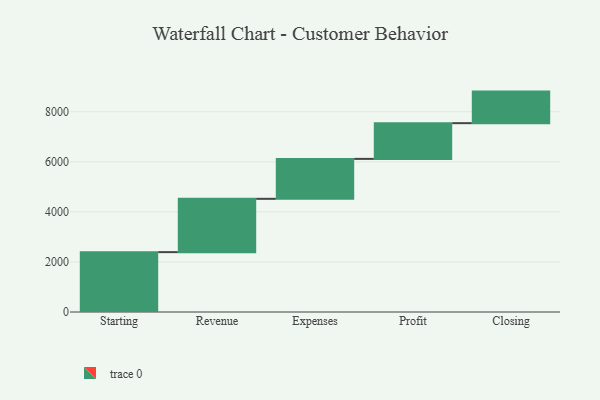
{"axis": {"x": "Step", "y": "Value"}, "legend": [""], "data": [{"x": "Starting", "y": 2392.0, "type": ""}, {"x": "Revenue", "y": 2130.0, "type": ""}, {"x": "Expenses", "y": 1596.0, "type": ""}, {"x": "Profit", "y": 1427.0, "type": ""}, {"x": "Closing", "y": 1261.0, "type": ""}]}